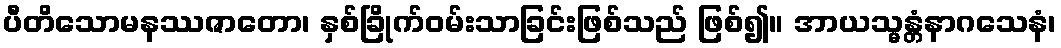
ပီတိသောမနဿဇာတော၊ နှစ်ခြိုက်ဝမ်းသာခြင်းဖြစ်သည် ဖြစ်၍။ အာယသ္မန္တံနာဂသေနံ၊